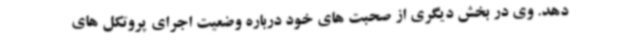
دهد. وی در بخش دیگری از صحبت های خود درباره وضعیت اجرای پروتکل های